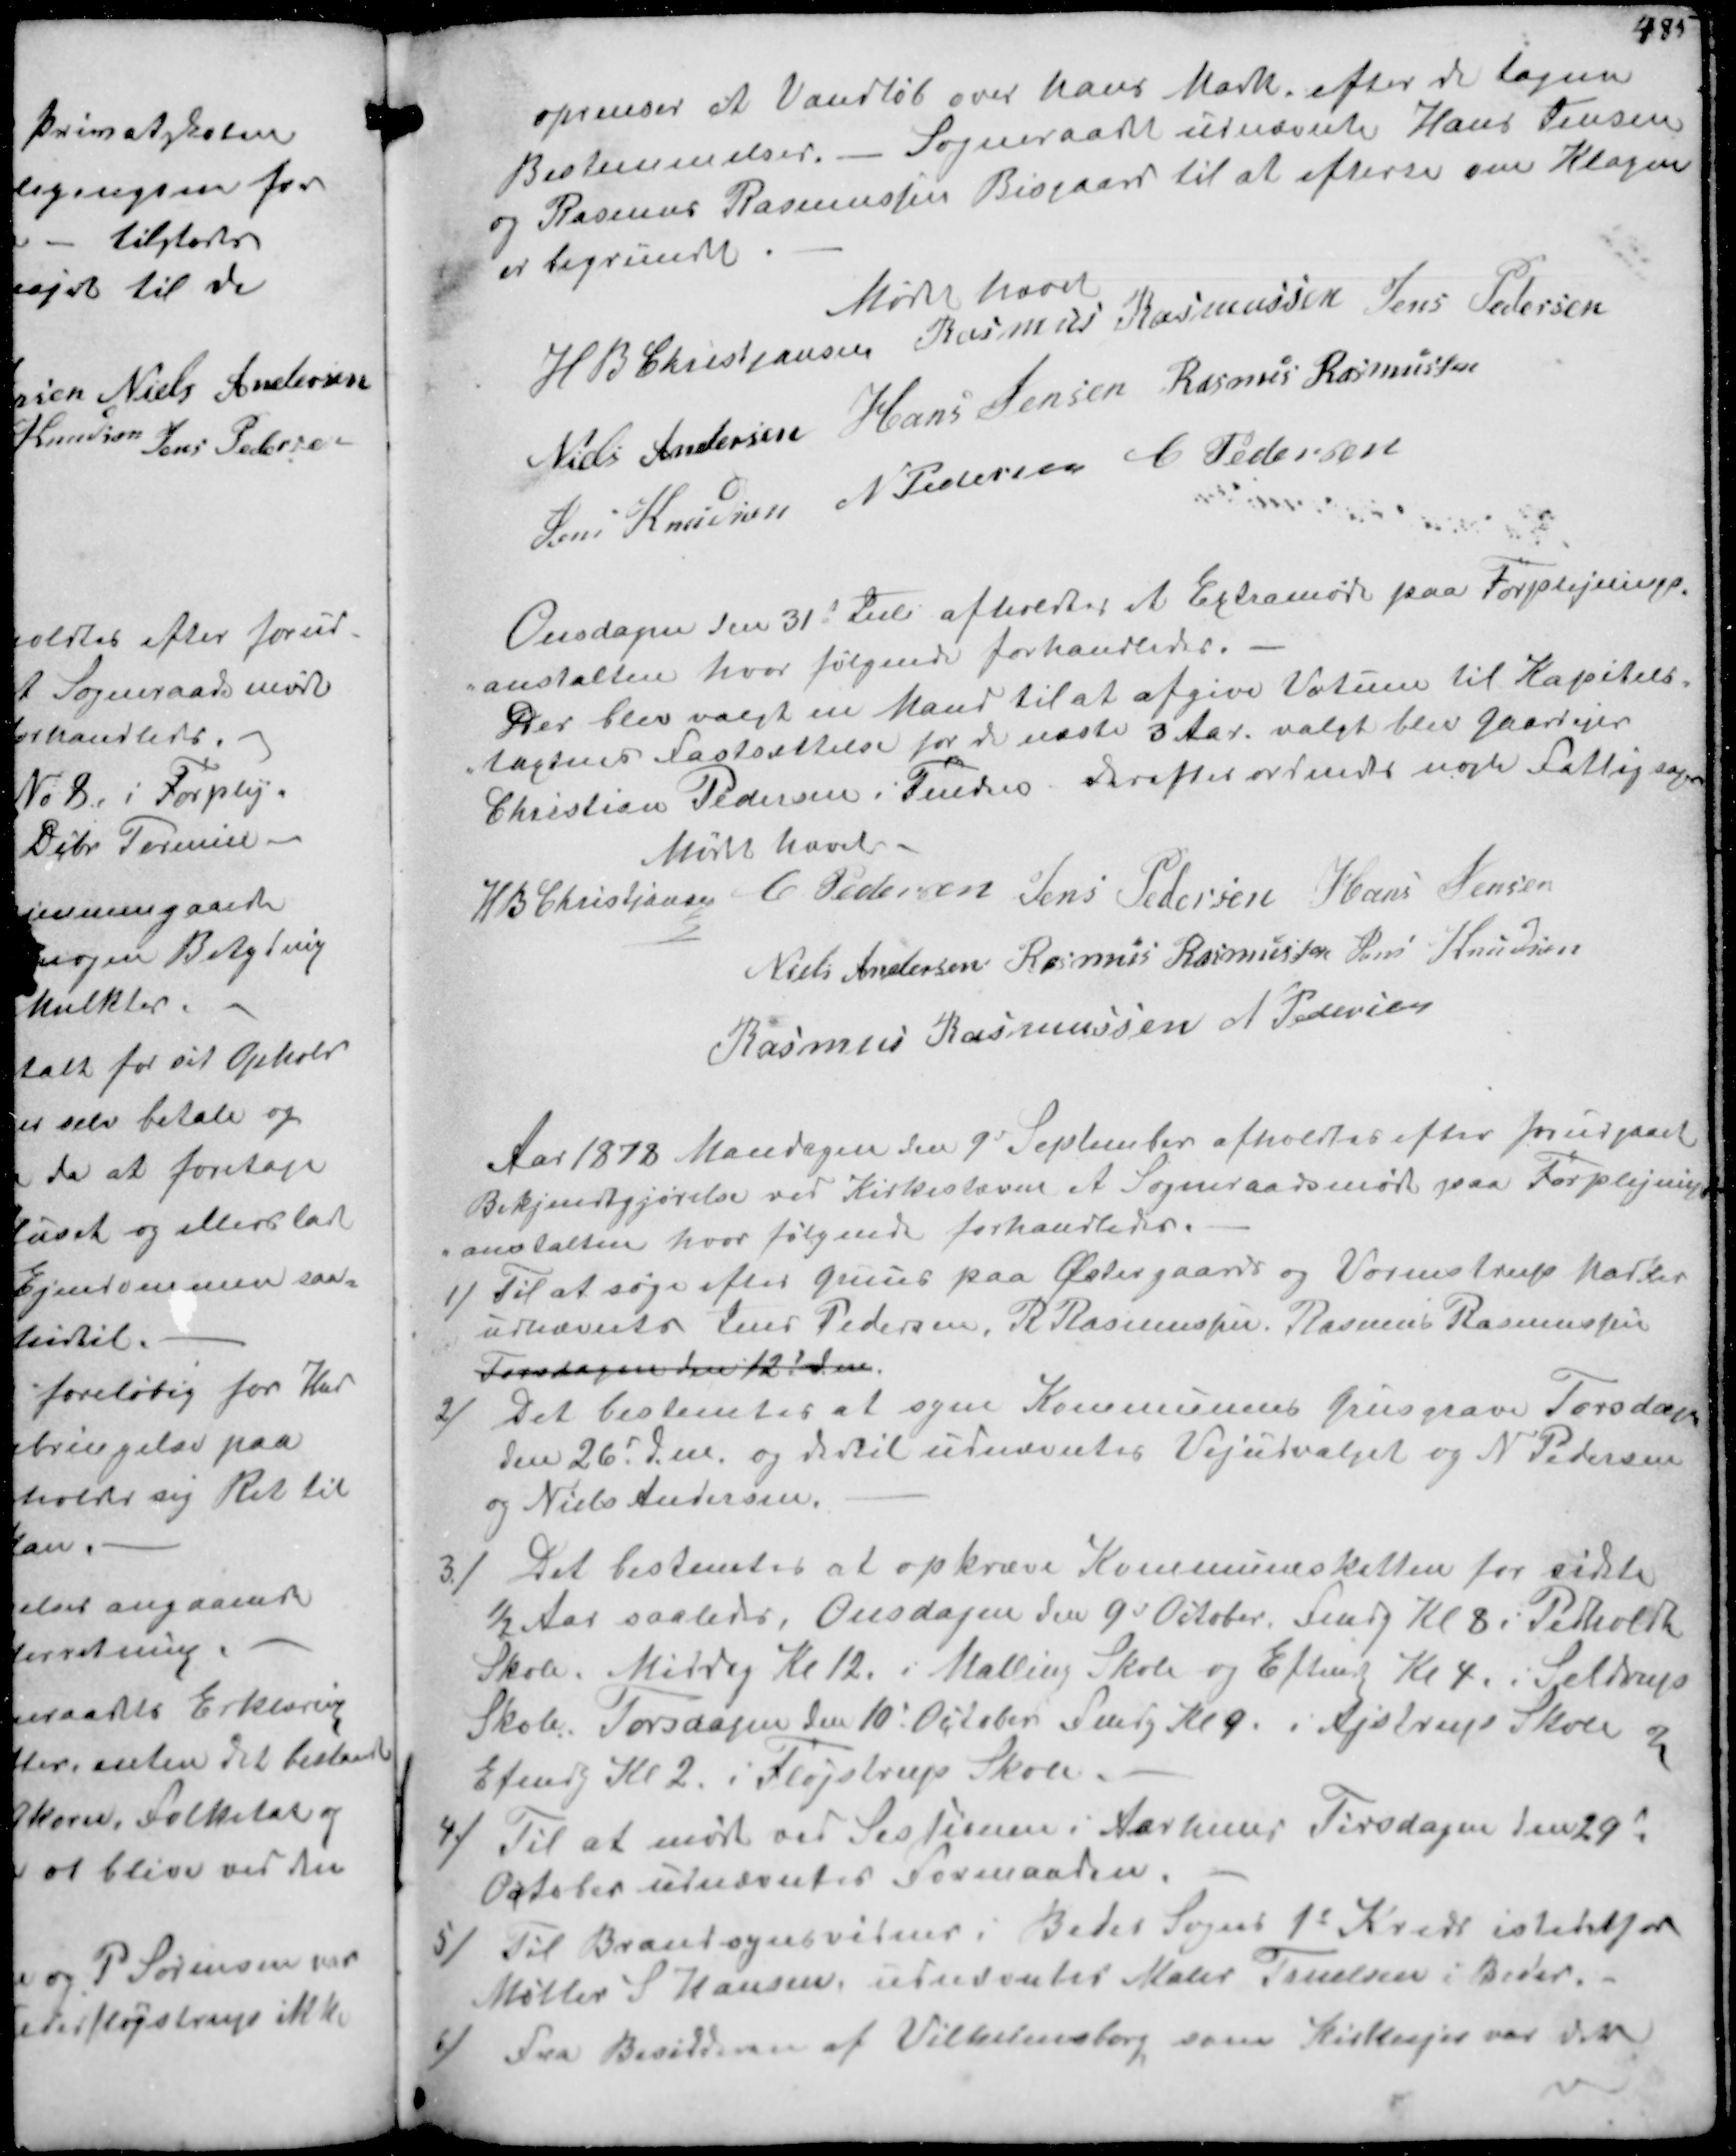
Transskription:
oprenser et Vandløb over hans Mark efter de tagne
Bestemmelser. - Sogneraadet udnævnte Hans Jensen
og Rasmus Rasmussen Bisgaard til at efterse om Klagen
er begrundet
Mødet hævet
H B Christjansen
Rasmus Rasmussen
Jens Pedersen
Niels Andersen
Hans Jensen
Rasmus Rasmussen
Jens Knudsen
N Pedersen
C Pedersen

Onsdagen den 31' Juli afholdtes et Extramøde paa Forplejenings-
anstalten hvor følgende forhandledes.
Der blev valgt en Mand til at afgive Votum til Kapitels-
tagtens Fastsættelse for de næste 3 Aar valgt blev gaardejer
Christian Pedersen i Fulden derefter ordnedes nogle Fattigsager
Mødet hævet.
H B Christjansen
C Pedersen
Jens Pedersen
Hans Jensen
Niels Andersen
Rasmus Rasmussen
Jens Knudsen
Rasmus Rasmussen
N Pedersen

Aar 1878 Mandagen den 9d September afholdtes efter forudgaaet
Bekjendtgjørelse ved Kirkestævne et Sogneraadsmøde paa Forplejnings-
anstalten hvor følgende forhandledes.
1/Til at søge efter guus paa Østergaards og Vormstrup Marker
udnævntes Jens Pedersen, R Rasmussen. Rasmus Rasmussen
Torsdagenden 12 dm.
2) Det bestemtes at syne Kommunens Grusgrave Torsdagen
den 26d d.m. og dertil udnævntes Vejudvalget og N Pedersen
og Niels Andersen
3.) Det bestemtes at opkræve Kommuneskatten for sidste
½ Aar saaledes, Onsdagen den 9d October Fmdg Kl 8 i Pedholdt
Skole. Middag Kl 12 i Malling Skole og Eftmdg Kl 4 Seldrup
Skole. Torsdagen den 10' October Fmdg Kl 9. i Ajstrup Skole og
Efmdg Kl 2 i Fløjstrup Skole.
4) Til at møde ved Sessionen i Aarhuus Tirsdagen den 29d
October udnævntes Formanden.
5) Til Brandsynsvidner i Beder Sogns 1s Kreds istedetfor
Møller S Hansen, udnævntes Maler Truelsen i Beder.
6/ Fra Besidderen af Vilhelmsborg som Kirkeejer var der